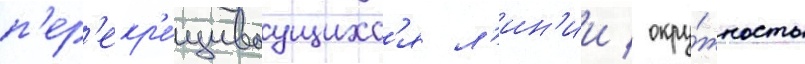
п'ер'екр'е́щиваущихс'я л'ин'ии / окру́жность